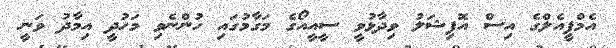
އެމްޕީއެލްގެ އިސް އޮފިޝަލު ވިދާޅުވީ ސީއީއޯގެ މަގާމުގައި ހުންނެވި މަހުދީ އިމާދު ވަނީ